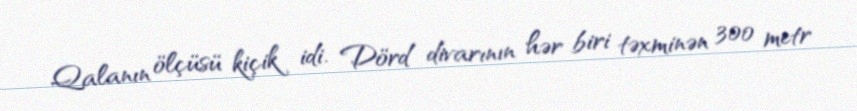
Qalanın ölçüsü kiçik idi. Dörd divarının hər biri təxminən 300 metr